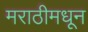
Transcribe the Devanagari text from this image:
मराठीमधून